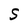
Character: S